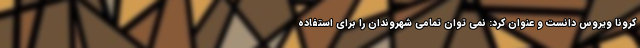
کرونا ویروس دانست و عنوان کرد: نمی توان تمامی شهروندان را برای استفاده